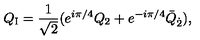
Q _ { \mathrm { I } } = \frac { 1 } { \sqrt { 2 } } ( e ^ { i \pi / 4 } Q _ { 2 } + e ^ { - i \pi / 4 } \bar { Q } _ { \dot { 2 } } ) ,